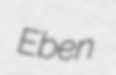
Eben